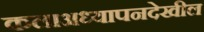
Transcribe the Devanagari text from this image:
कलाअध्यापनदेखील